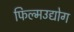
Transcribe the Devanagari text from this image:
फिल्मउद्योग